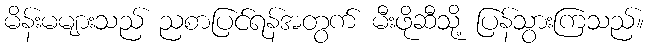
မိန်းမများသည် ညစာပြင်ရန်အတွက် မီးဖိုဆီသို့ ပြန်သွားကြသည်။